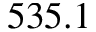
5 3 5 . 1